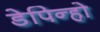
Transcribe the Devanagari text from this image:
डेपिन्हो